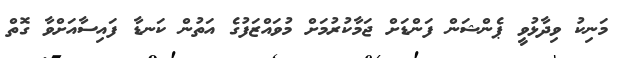
މަނިކު ވިދާޅުވީ ޕެންޝަން ފަންޑަށް ޖަމާކުރުމަށް މުވައްޒަފުގެ އަތުން ކަނޑާ ފައިސާއަށްވާ ގޮތް